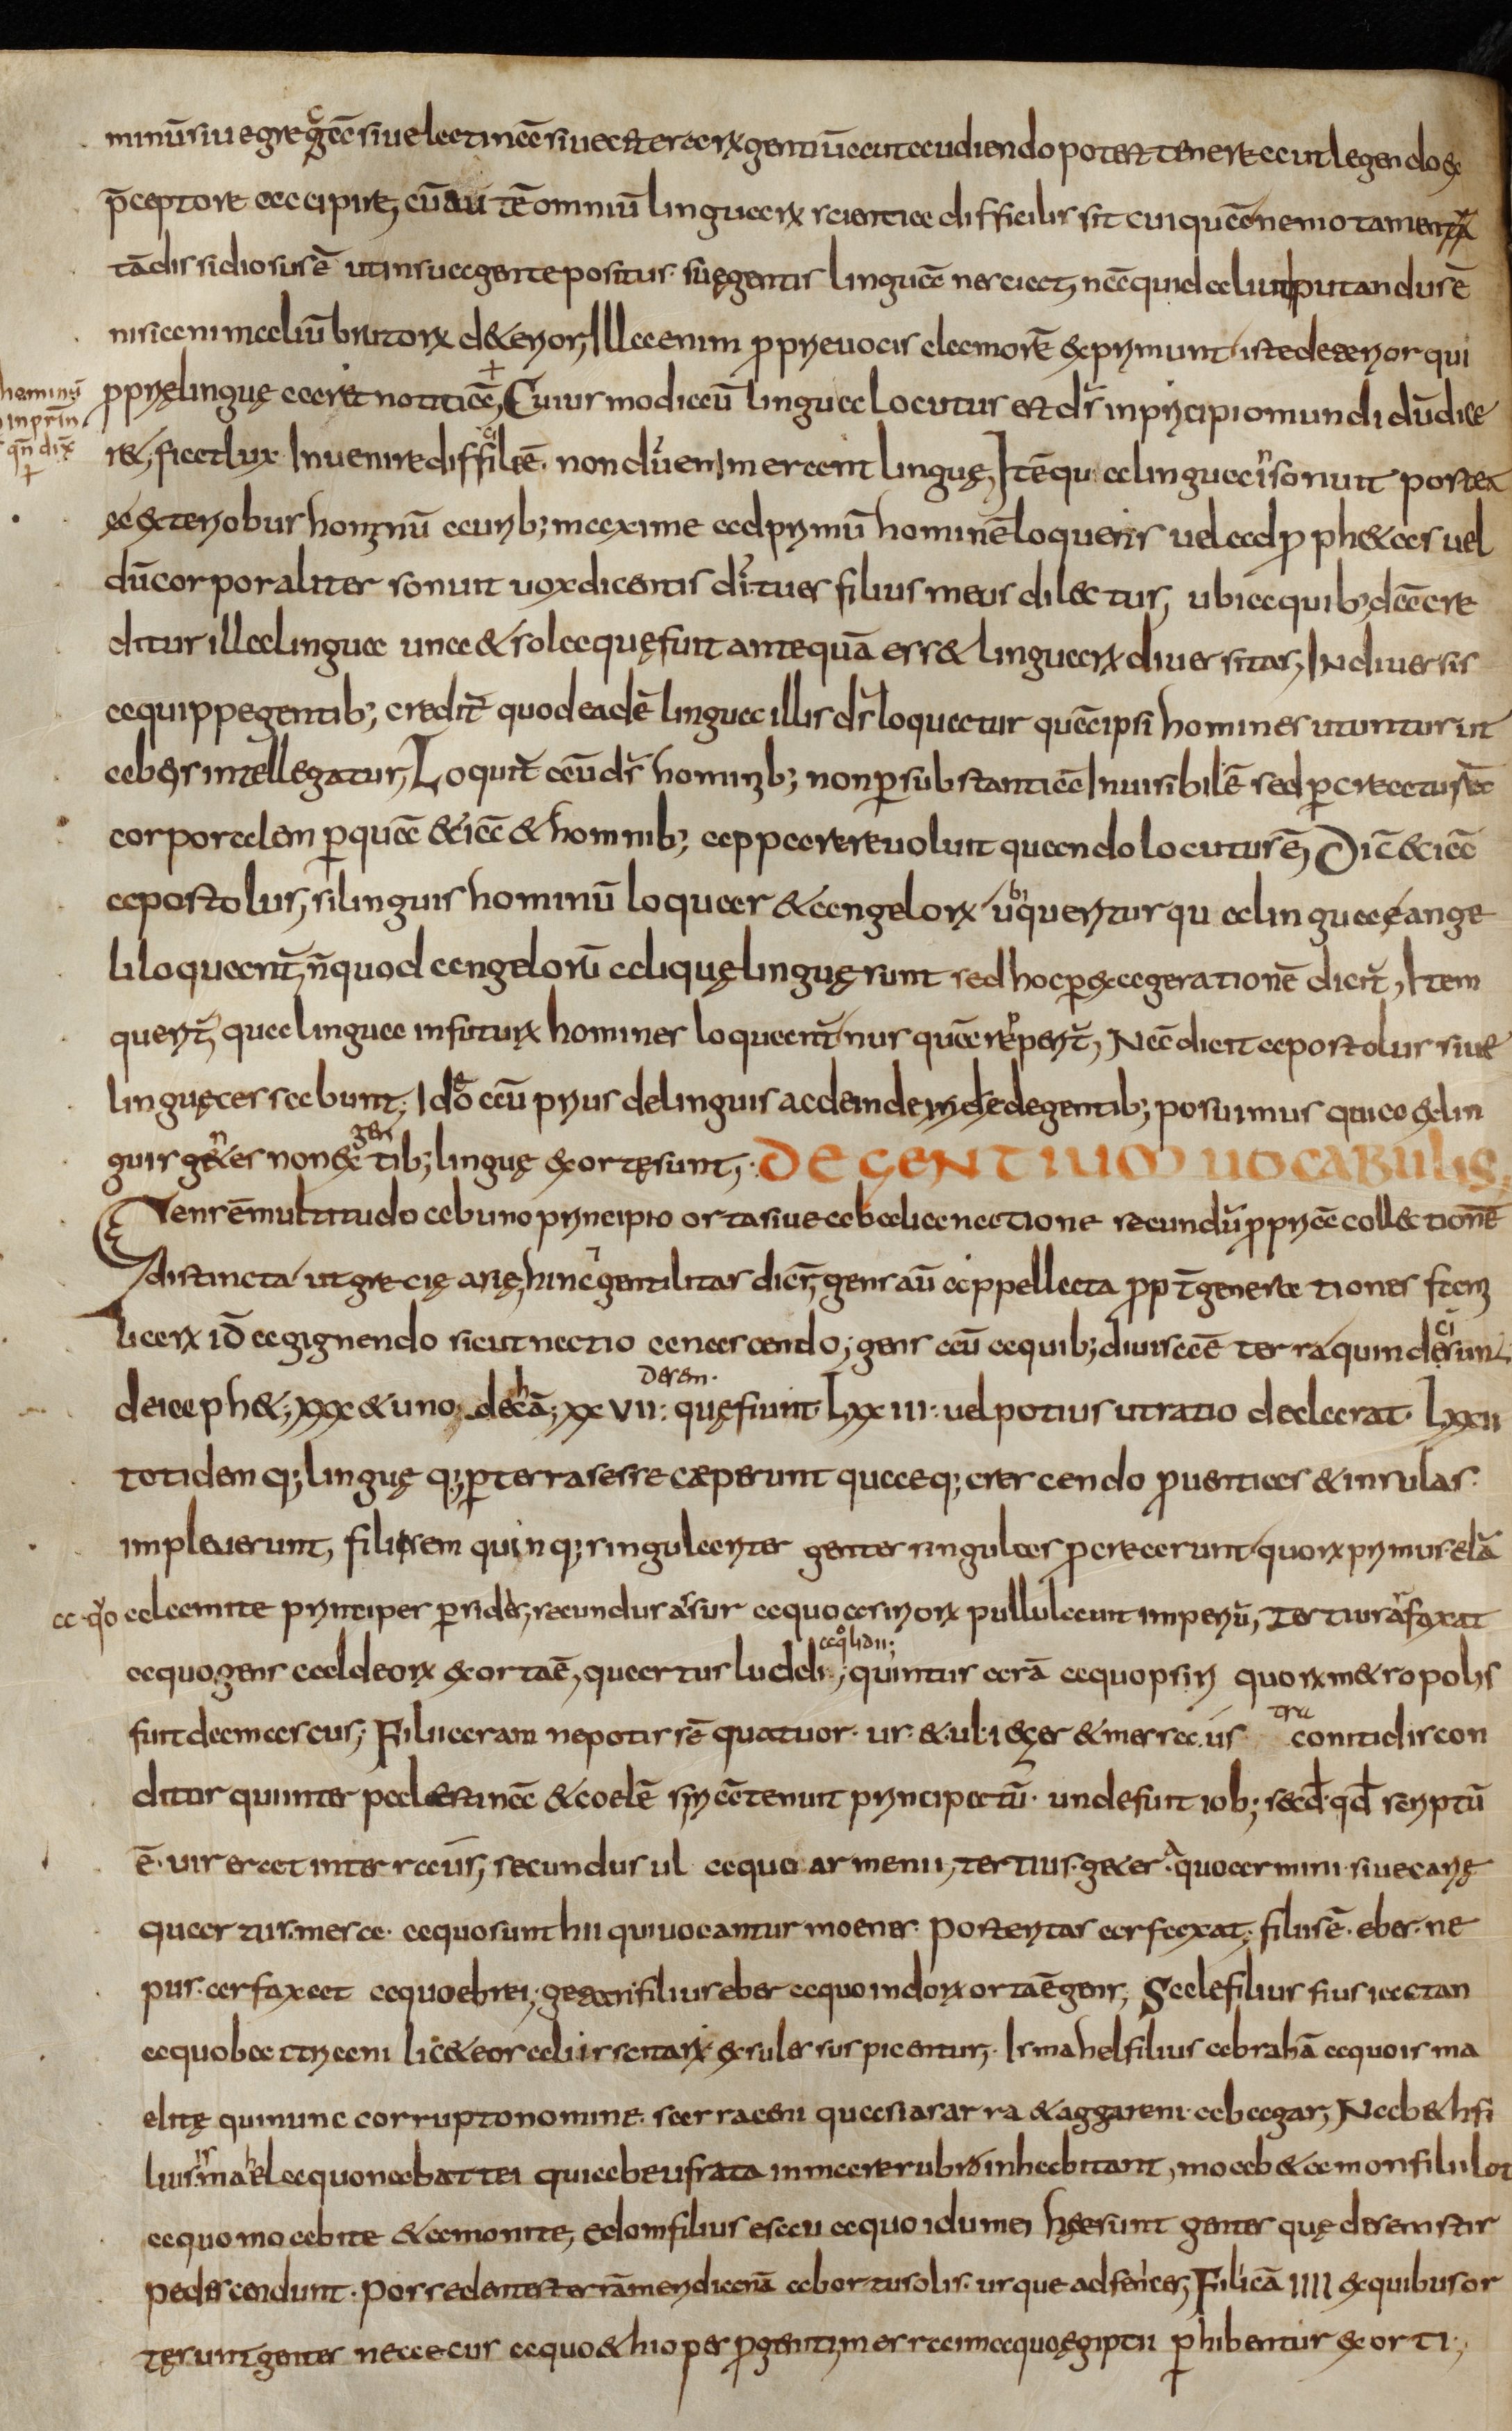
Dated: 800–824